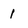
Character: l